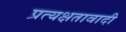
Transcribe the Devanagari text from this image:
प्रत्यक्षतावादी